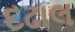
દઢાલ